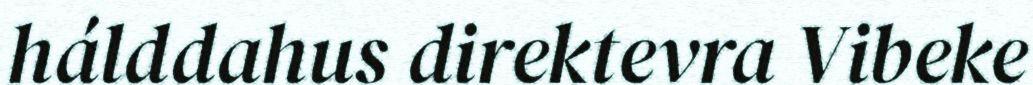
hálddahus direktevra Vibeke